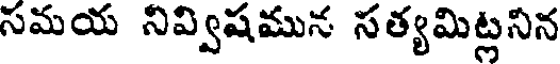
సమయ నివ్విషమున సత్యమిట్లనిన